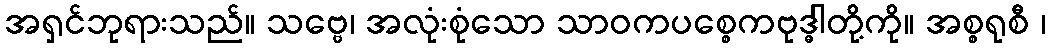
အရှင်ဘုရားသည်။ သဗ္ဗေ၊ အလုံးစုံသော သာဝကပစ္စေကဗုဒ္ဓါတို့ကို။ အစ္စရုစီ ၊